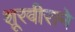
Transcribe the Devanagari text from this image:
शूरवीराने